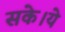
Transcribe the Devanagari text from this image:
सके।ये